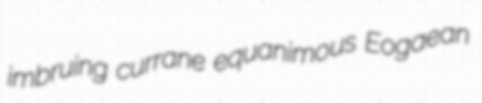
imbruing currane equanimous Eogaean